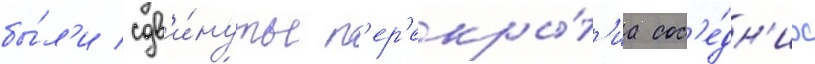
бы́л'и сдв'и́нуты п'ер'екры́т'иа сос'е́дн'их